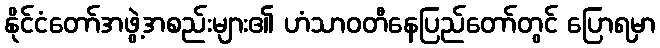
နိုင်ငံတော်အဖွဲ့အစည်းများ၏ ဟံသာဝတီနေပြည်တော်တွင် ပြောရမှာ